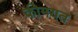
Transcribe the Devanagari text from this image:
कीमयत